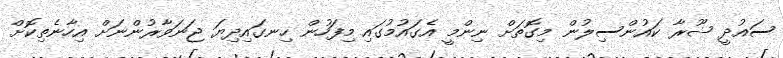
ސައުދީ ޝޫރާ ކައުންސިލުން މިގޮތަށް ނިންމީ އެގައުމުގައި މިފަހުން ހިނގައިދިޔަ ޖަނަވާރުންނަށް އިހާނެތިކޮށް